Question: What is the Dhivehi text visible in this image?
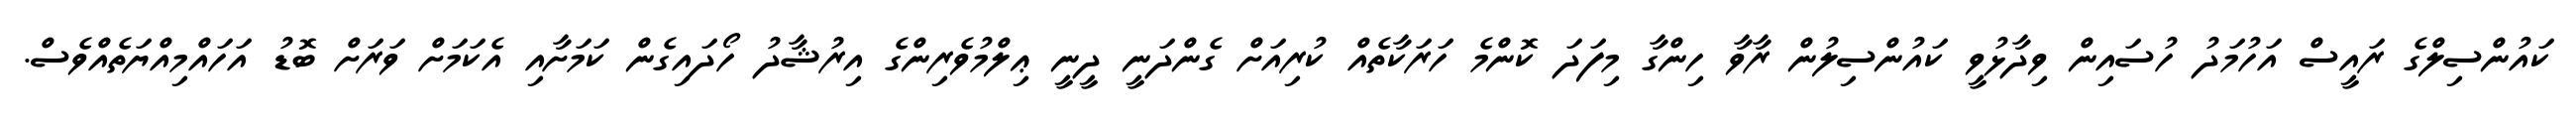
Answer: ކައުންސިލްގެ ރައީސް އަހުމަދު ހުސައިން ވިދާޅުވީ ކައުންސިލުން ރާވާ ހިންގާ މިފަދަ ކޮންމެ ހަރަކާތެއް ކުރިއަށް ގެންދަނީ ދީނީ ޢިލްމުވެރިންގެ އިރުޝާދު ހޯދައިގެން ކަމަށާއި އެކަމަށް ވަރަށް ބޮޑު އަހައްމިއްޔަތެއްވެސް.